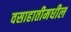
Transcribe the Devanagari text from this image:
वसाहातीमधील